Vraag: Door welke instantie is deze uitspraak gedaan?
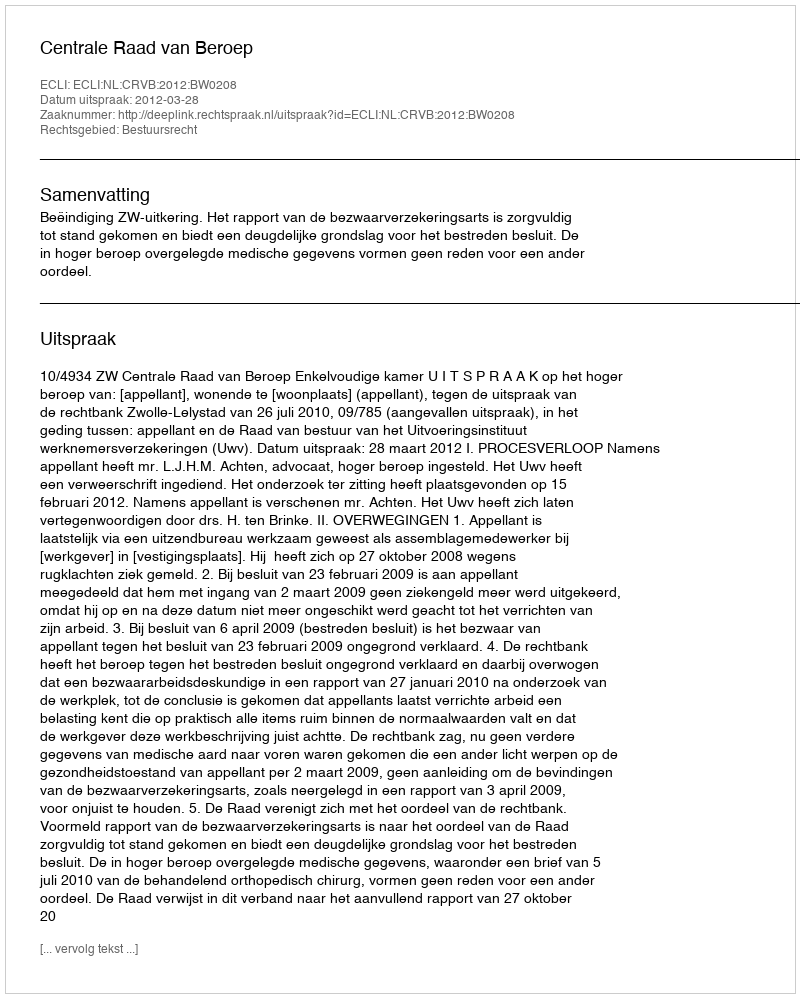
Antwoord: Centrale Raad van Beroep